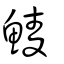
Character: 鯪